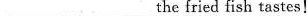
___ ___the fried fish tastes!